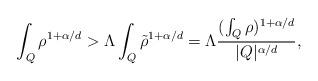
LaTeX: \begin{align*}\int_{Q}\rho^{1+\alpha/d} > \Lambda\int_{Q}\tilde{\rho}^{1+\alpha/d} = \Lambda\frac{(\int_{Q}\rho)^{1+\alpha/d}}{|Q|^{\alpha/d}},\end{align*}